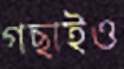
গছাইও